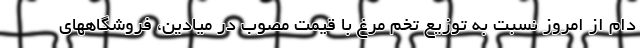
دام از امروز نسبت به توزیع تخم مرغ با قیمت مصوب در میادین، فروشگاههای